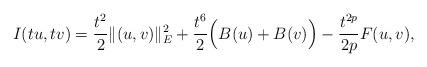
LaTeX: \begin{align*}I(tu,tv)=\frac{t^{2}}{2}\|(u,v)\|_{E}^{2}+\frac{t^{6}}{2}\Big(B(u)+B(v)\Big)-\frac{t^{2p}}{2p}F(u,v),\end{align*}